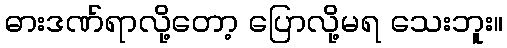
ဓားဒဏ်ရာလို့တော့ ပြောလို့မရ သေးဘူး။